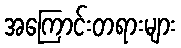
အကြောင်းတရားများ